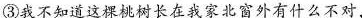
③我不知道这棵桃树长在家北窗外有什么不对，